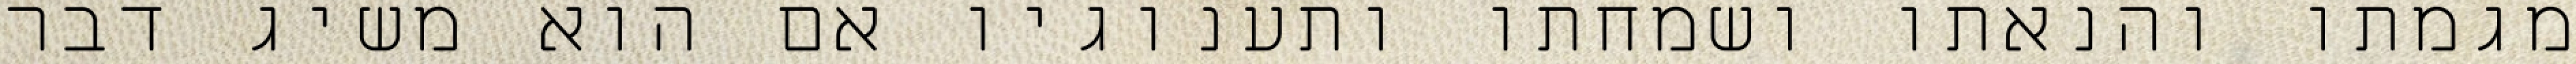
מגמתו והנאתו ושמחתו ותענוגיו אם הוא משיג דבר